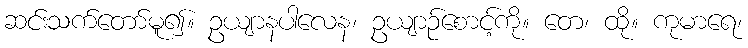
ဆင်းသက်တော်မူ၍။ ဥယျာနပါလေန၊ ဥယျာဉ်စောင့်ကို။ တေ၊ ထို။ ကုမာရေ၊